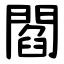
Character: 閻